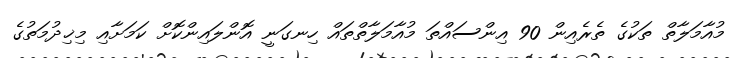
މުއާމަލާތް ތަކުގެ ތެރެއިން 90 އިންސައްތަ މުއާމަލާތްތައް ހިނގަނީ އޮންލައިންކޮށް ކަމަށާއި މިޚިދުމަތުގެ